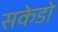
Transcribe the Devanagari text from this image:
सकेडो